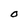
Character: O